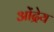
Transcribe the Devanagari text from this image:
ओंद्रेय